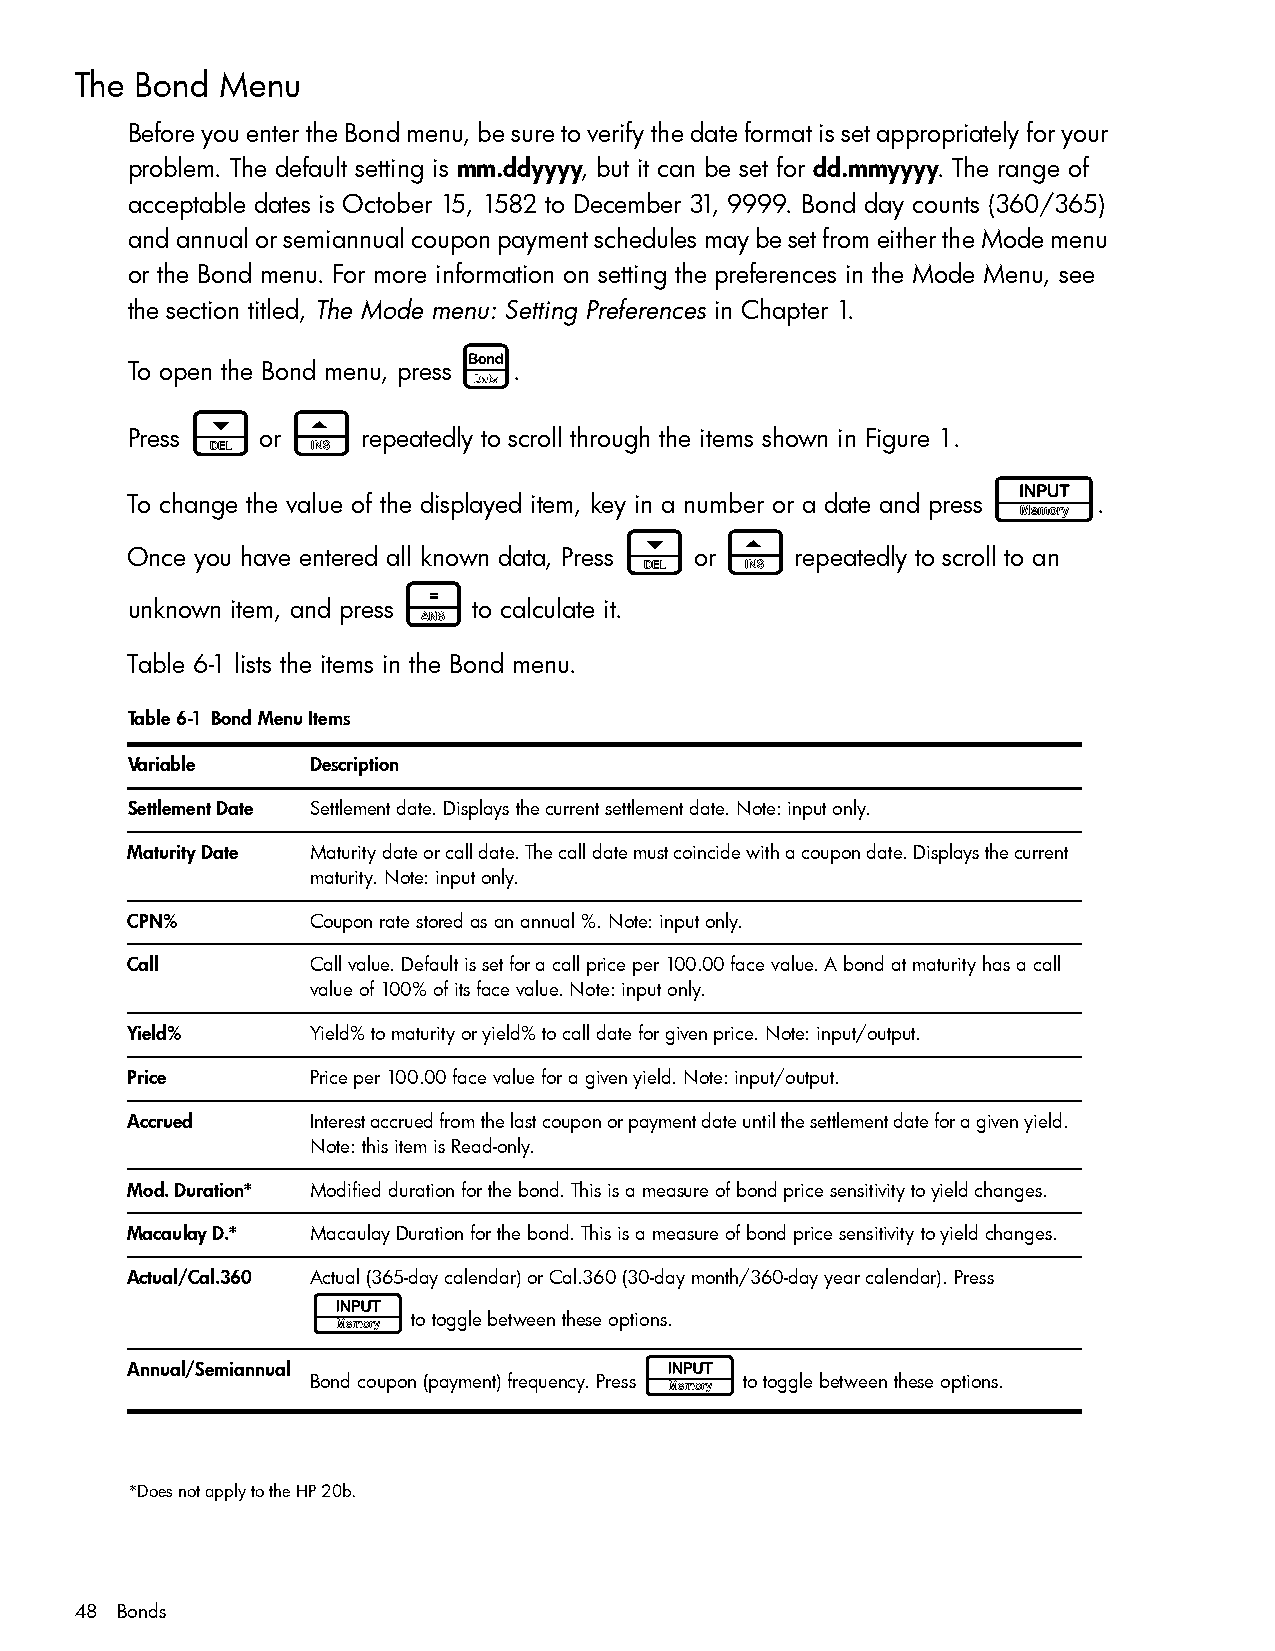
The Bond  Menu
 Before you enter the Bond menu, be sure to verify the date format is set appropriately for your
 problem. The default setting is mm.ddyyyy, but it can be set for dd.mmyyyy. The range of
 acceptable dates is October 15, 1582 to December 31, 9999. Bond day counts (360/365)
 and annual or semiannual coupon payment schedules may be set from either the Mode menu
 or the Bond menu. For more information on setting the preferences in the Mode Menu, see
 the section titled, The Mode menu: Setting Preferences in Chapter 1.
 B
 To open the Bond menu, press .
 <      >
 Press    or     repeatedly to scroll through the items shown in Figure 1.
 I
 To change the value of the displayed item, key in a number or a date and press .
 <      >
 Once you have entered all known data, Press or repeatedly to scroll to an
 =
 unknown item, and press to calculate it.
 Table 6-1 lists the items in the Bond menu.
 Table 6-1 Bond Menu Items
 Variable     Description
 Settlement Date Settlement date. Displays the current settlement date. Note: input only.
 Maturity Date Maturity date or call date. The call date must coincide with a coupon date. Displays the current
 maturity. Note: input only.
 CPN%         Coupon rate stored as an annual %. Note: input only.
 Call         Call value. Default is set for a call price per 100.00 face value. A bond at maturity has a call
 value of 100% of its face value. Note: input only.
 Yield%       Yield% to maturity or yield% to call date for given price. Note: input/output.
 Price        Price per 100.00 face value for a given yield. Note: input/output.
 Accrued      Interest accrued from the last coupon or payment date until the settlement date for a given yield.
 Note: this item is Read-only.
 Mod. Duration* Modified duration for the bond. This is a measure of bond price sensitivity to yield changes.
 Macaulay D.* Macaulay Duration for the bond. This is a measure of bond price sensitivity to yield changes.
 Actual/Cal.360 Actual (365-day calendar) or Cal.360 (30-day month/360-day year calendar). Press
 I
 to toggle between these options.
 Annual/Semiannual                 I
 Bond coupon (payment) frequency. Press to toggle between these options.
 *Does not apply to the HP 20b.
 48 Bonds